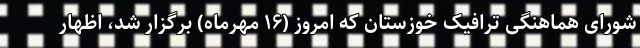
شورای هماهنگی ترافیک خوزستان که امروز (۱۶ مهرماه) برگزار شد، اظهار